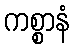
ကစ္စာနံ